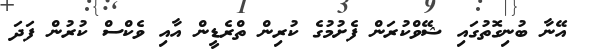
އޭނާ ބުނިގޮތުގައި ޝޭވްކުރަން ފެށުމުގެ ކުރިން ތްރެޑީން އާއި ވެކްސް ކުރުން ފަދަ